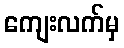
ကျေးလက်မှ